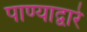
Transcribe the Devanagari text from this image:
पाण्याद्वारे